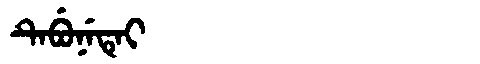
Manchu: ᡨᡝᠪᡠᠨᡝᡨᡝᡳ
Romanization: TEBUNETEI